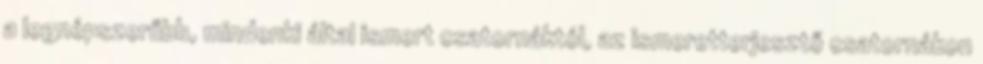
a legnépszerűbb, mindenki által ismert csatornáktól, az ismeretterjesztő csatornákon